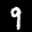
Label: 9